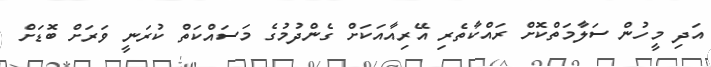
އަދި މީހުން ސަލާމަތްކޮށް ރައްކާތެރި އޭރިއާއަކަށް ގެންދުމުގެ މަސައްކަތް ކުރަނީ ވަރަށް ބޮޑަށް